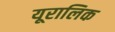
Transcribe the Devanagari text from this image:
यूरालिक